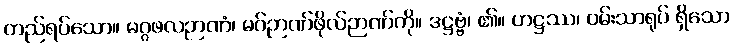
တည်ရပ်သော။ မဂ္ဂဖလဉာဏံ၊ မဂ်ဉာဏ်ဖိုလ်ဉာဏ်ကို။ ဒဋ္ဌဗ္ဗံ၊ ၏။ ဟဋ္ဌဿ၊ ဝမ်းသာရုပ် ရှိသော